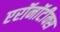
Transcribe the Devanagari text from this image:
एरॉनॉटीक्स